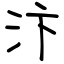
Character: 汴